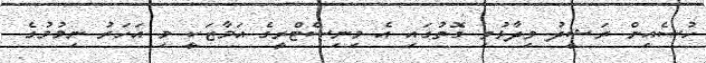
ހުސެއިން ރަޝީދު ވިދާޅުވި ގޮތުގައި އެ މިނިސްޓްރީގެ އަމާޒަކީ މި އަހަރު ނިމުމުގެ